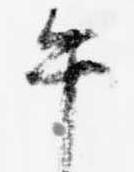
午